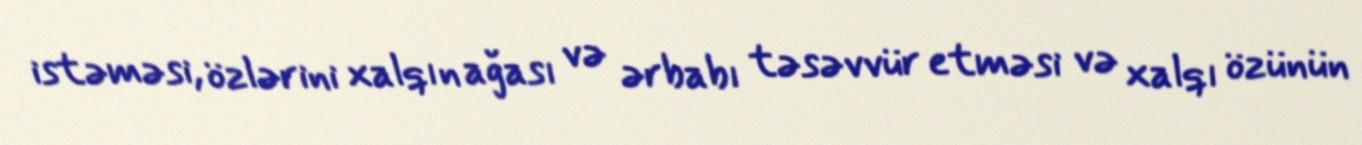
istəməsi, özlərini xalqın ağası və ərbabı təsəvvür etməsi və xalqı özünün